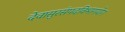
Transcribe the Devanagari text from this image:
देवासुरसंपदविभागयोग